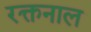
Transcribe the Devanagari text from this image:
रक्तनाल